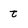
Character: t